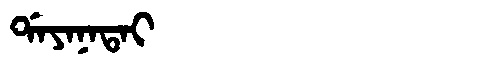
Manchu: ᡩᠠᠶᠠᠨᠠᡨᠠᡳ
Romanization: DAYANATAI